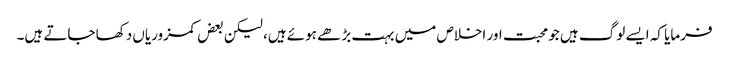
فرمایا کہ ایسے لوگ ہیں جو محبت اور اخلاص میں بہت بڑھے ہوئے ہیں، لیکن بعض کمزوریاں دکھا جاتے ہیں۔